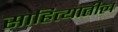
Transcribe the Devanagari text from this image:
साहित्‍यातील